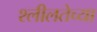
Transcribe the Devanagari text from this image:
श्लीलतेच्या